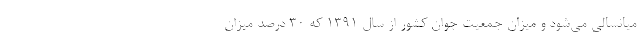
میانسالی می‌شود و میزان جمعیت جوان کشور از سال ۱۳۹۱ که ۳۰ درصد میزان